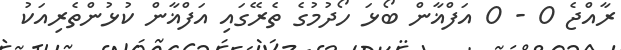
ރާއްޖެ 0 - 0 އަފްޣާން ބޯޅަ ހޯދުމުގެ ތެރޭގައި އަަފްޣާން ކުޅުންތެރިއަކު